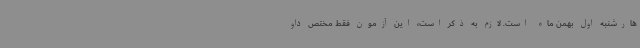
هارشنبه اول بهمن ماه است. لازم به ذکر است، این آزمون فقط مختص داو